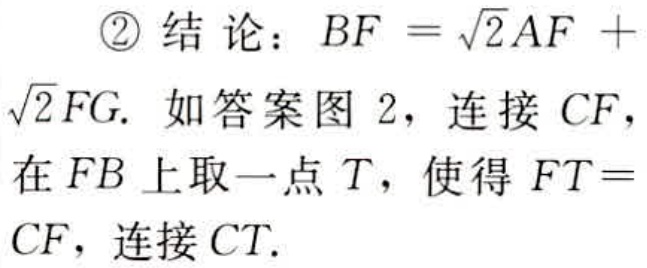
\textcircled{2}结论：\(BF = \sqrt{2}AF + \sqrt{2}FG\). 如答案图 2，连接 \(CF\)，在 \(FB\) 上取一点 \(T\)，使得 \(FT = CF\)，连接 \(CT\).